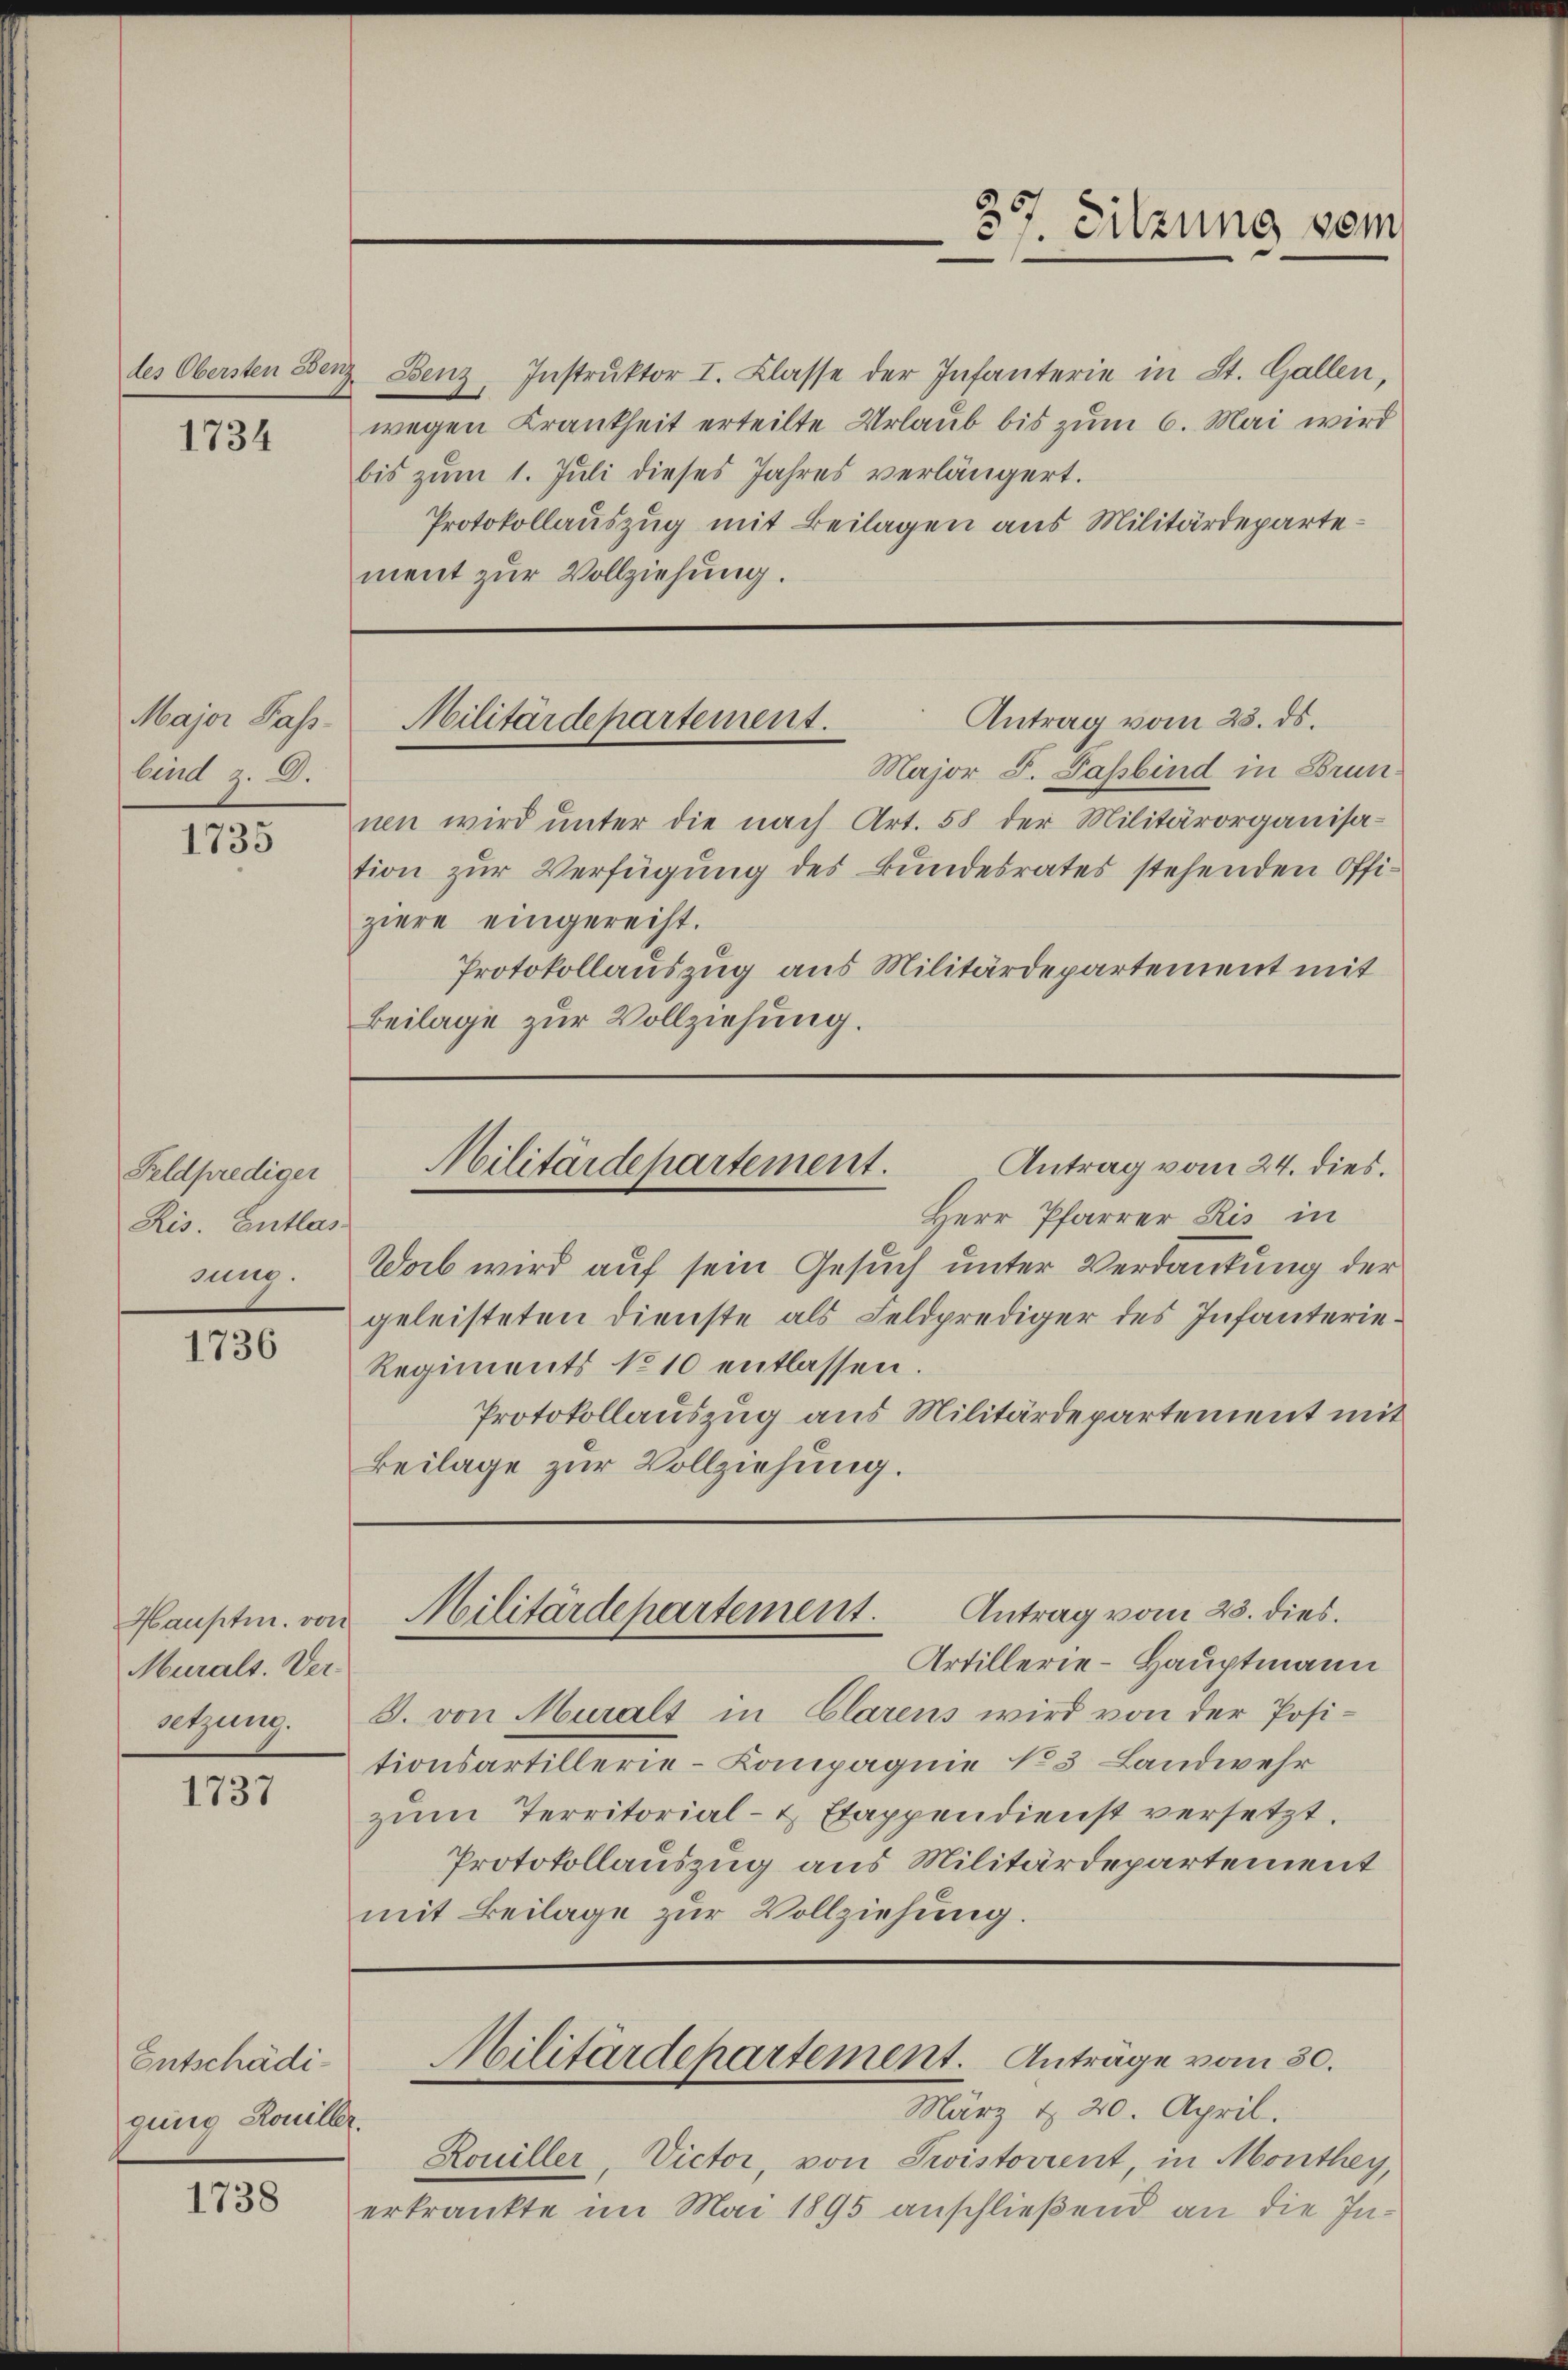
1734

Major Pass-
bind D.

1735

Feldprediger
Ris. Entlas-
sung.

1736

Hauptm. von
Murals. Versetzung.

1737

Entschädigung Rouiller.

1738

des Obersten Benz Benz, Instrŭktor I. Classe der Infanterie in St. Gallen,
wegen Krankheit erteilte Urlaub bis zum 6. Mai wird
bis zŭm 1. Jŭli dieses Jahres verlängert.
Protokollauszug mit Beilagen aus Militärdepartement zur Vollziehung.

Major F. Pasbind in Brunnen wird unter die nach Art. 58 der Militärorganisa-
tion zur Verfügung des Bundesrates stehenden Offiziere eingereiht.
Protokollauszug aus Militärdepartement mit
Beilage zur Vollziehung.

37. Sitzung vom

Antrag vom 23. ds.
Militärdepartement.

Militärdepartement.
Antrag vom 24. dies.

Herr Pfarrer Kis in
Dab wird auf sein Gesuch unter Verdankung der
geleisteten Dienste als Feldprediger des Infanterie¬
Regiments No 10 entlassen.
Protokollauszug aus Militärdepartement mit
Beilage zur Vollziehung.

Militärdepartement. Antrag vom 23. dies

Artillerie-Hauptmann
J. von Muralt in Clarens wird von der Positionsartillerie-Compagnie No 3 Landwehr
zum Territorial- u Etappendienst versetzt.
Protokollauszug aus Militärdepartement
mit Beilage zur Vollziehung.

Militärdepartement. Anträge vom 30.
März & 20. April.
Kouiller, Victor, von Zwistorient, in Monthey,

erkrankte im Mai 1895 anschließend an die In¬